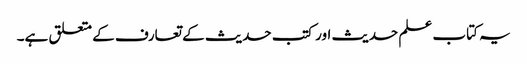
یہ کتاب علم حدیث اور کتب حدیث کے تعارف کے متعلق ہے۔